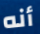
أنه